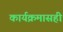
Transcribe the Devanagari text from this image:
कार्यक्रमासही